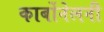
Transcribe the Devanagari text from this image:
कार्बोनेलनी